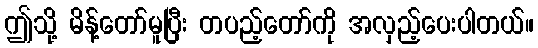
ဤသို့ မိန့်တော်မူပြီး တပည့်တော်ကို အလှည့်ပေးပါတယ်။